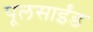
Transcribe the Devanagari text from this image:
पूलसाईंड